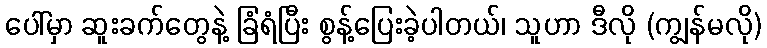
ပေါ်မှာ ဆူးခက်တွေနဲ့ ခြံရံပြီး စွန့်ပြေးခဲ့ပါတယ်၊ သူဟာ ဒီလို (ကျွန်မလို)